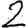
Digit: 2